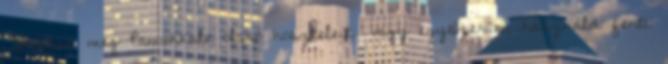
Tekintsd meg Pamukkale olcsó hoszteleit, vagy egyszerűen használd fenti